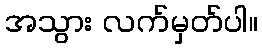
အသွား လက်မှတ်ပါ။